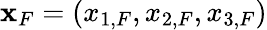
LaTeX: {\mathbf x}_{F}=(x_{1,F},x_{2,F},x_{3,F})